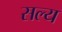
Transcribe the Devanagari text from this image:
सल्य